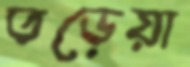
তড়েয়া